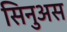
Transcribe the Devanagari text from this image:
सिनुअस